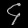
Digit: ၄